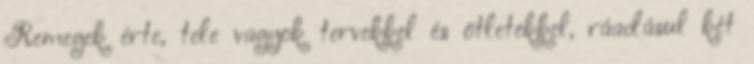
Remegek érte, tele vagyok tervekkel és ötletekkel, ráadásul két